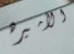
الأميره